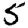
Digit: 5